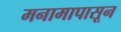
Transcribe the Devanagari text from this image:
मनामापासून